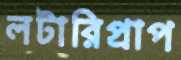
লটারিপ্রাপ